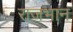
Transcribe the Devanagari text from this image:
राजभान